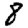
Digit: 8